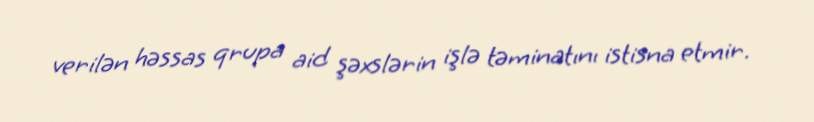
verilən həssas qrupa aid şəxslərin işlə təminatını istisna etmir.